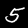
Digit: 5